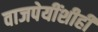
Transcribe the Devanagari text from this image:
वाजपेयींशीही